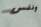
ونفس